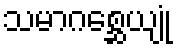
သမာဂစ္ဆေယျုံ